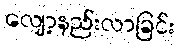
လျော့နည်းလာခြင်း